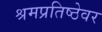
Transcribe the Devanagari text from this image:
श्रमप्रतिष्ठेवर